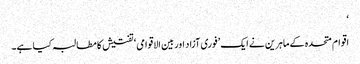
‘
اقوام متحدہ کے ماہرین نے ایک ’فوری آزاد اور بین الاقوامی‘ تفتیش کا مطالبہ کیا ہے۔